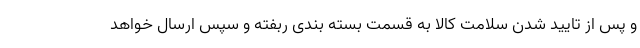
و پس از تایید شدن سلامت کالا به قسمت بسته بندی ربفته و سپس ارسال خواهد